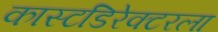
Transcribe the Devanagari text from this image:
कास्टडिरेक्टरला